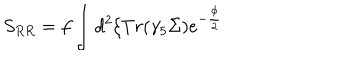
LaTeX: S _ { R R } = f \int d ^ { 2 } \xi T r ( \gamma _ { 5 } \Sigma ) e ^ { - \frac { \phi } { 2 } }